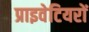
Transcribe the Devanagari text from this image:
प्राइवेटियरों